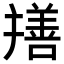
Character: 𦏎